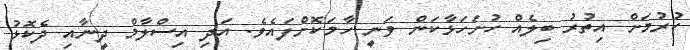
ކުރުމަށް އިތުރު ބިލެއް ހުށަހަޅާކަން ވަނީ ހާމަކޮށްފައެވެ. އަދި އިސްލާމް ދީނާއި ދެކޮޅު